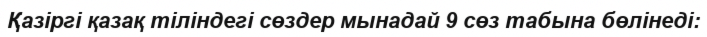
Қазіргі қазақ тіліндегі сөздер мынадай 9 сөз табына бөлінеді: